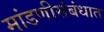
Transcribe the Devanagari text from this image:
मांडणीसंबंधात